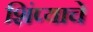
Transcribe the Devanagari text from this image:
शिंप्याचे